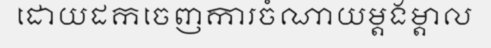
ដោយដកចេញការចំណាយម្តងម្តាល